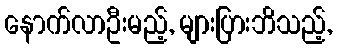
နောက်လာဦးမည့်, များပြားဘိသည့်,